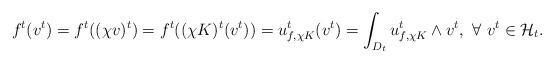
LaTeX: \begin{align*} f^t(v^t)=f^t((\chi v)^t)=f^t((\chi K)^t(v^t))=u^t_{f, \chi K}(v^t)=\int_{D_t} u^t_{f, \chi K} \wedge v^t, \ \forall \ v^t\in\mathcal H_t.\end{align*}